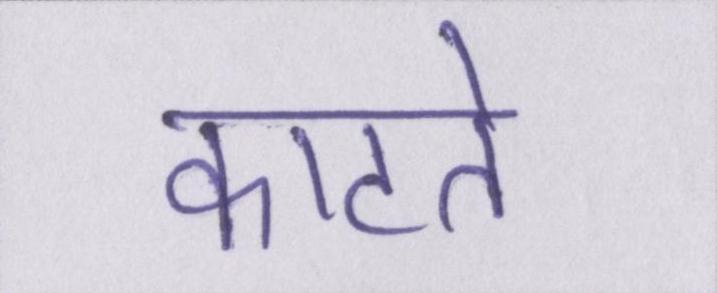
काटते